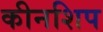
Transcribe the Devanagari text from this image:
कीनशिप